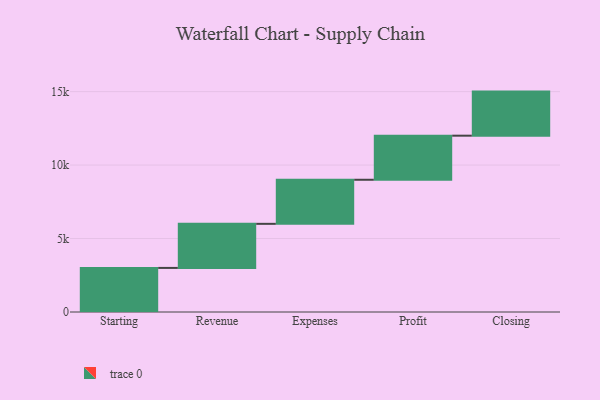
{"axis": {"x": "Step", "y": "Value"}, "legend": [""], "data": [{"x": "Starting", "y": 3000, "type": ""}, {"x": "Revenue", "y": 3000, "type": ""}, {"x": "Expenses", "y": 3000, "type": ""}, {"x": "Profit", "y": 3000, "type": ""}, {"x": "Closing", "y": 3000, "type": ""}]}